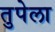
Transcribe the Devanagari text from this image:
तुपेला